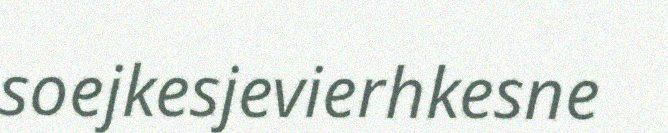
soejkesjevierhkesne